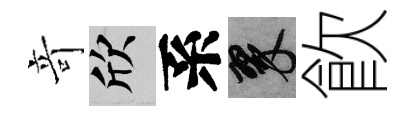
竒欣系翠飮